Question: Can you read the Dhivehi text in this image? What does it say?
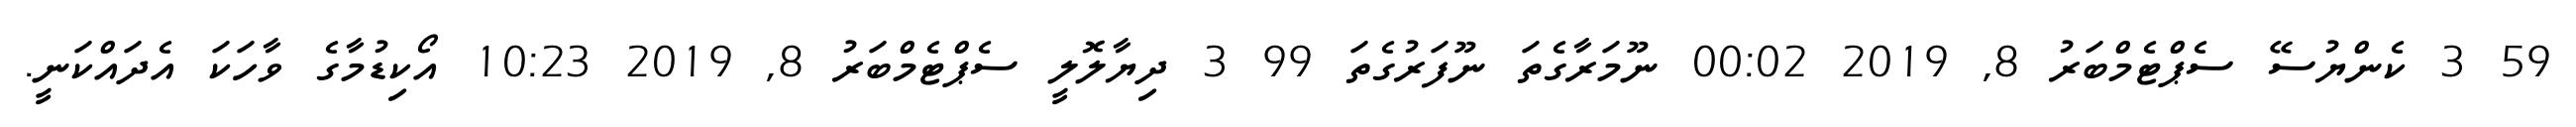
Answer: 59 3 ކެންޔުސޭ ސެޕްޓެމްބަރު 8, 2019 00:02 ނޫމަރާގެތަ ނޫފަރުގެތަ 99 3 ދިޔާލޮލީ ސެޕްޓެމްބަރު 8, 2019 10:23 އޯކިޑުމާގެ ވާހަކަ އެދައްކަނީ.